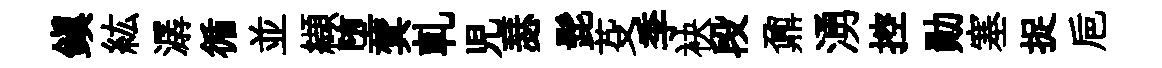
鎮紘潺循並纈堕蓂軋児瑟髭芟季袂段鼐湧控勛塞捉巵